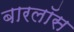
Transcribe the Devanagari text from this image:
बारलॉस